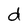
Character: d